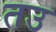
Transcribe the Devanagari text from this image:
तउ